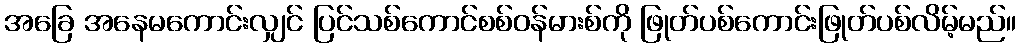
အခြေ အနေမကောင်းလျှင် ပြင်သစ်ကောင်စစ်ဝန်မားစ်ကို ဖြုတ်ပစ်ကောင်းဖြုတ်ပစ်လိမ့်မည်။